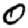
Digit: 0